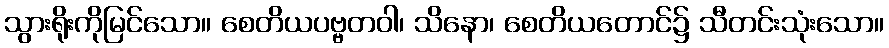
သွားရိုးကိုမြင်သော။ စေတိယပဗ္ဗတဝါ၊ သိနော၊ စေတိယတောင်၌ သီတင်းသုံးသော။